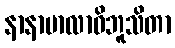
နာနာမာလာဝိဘူသိတာ